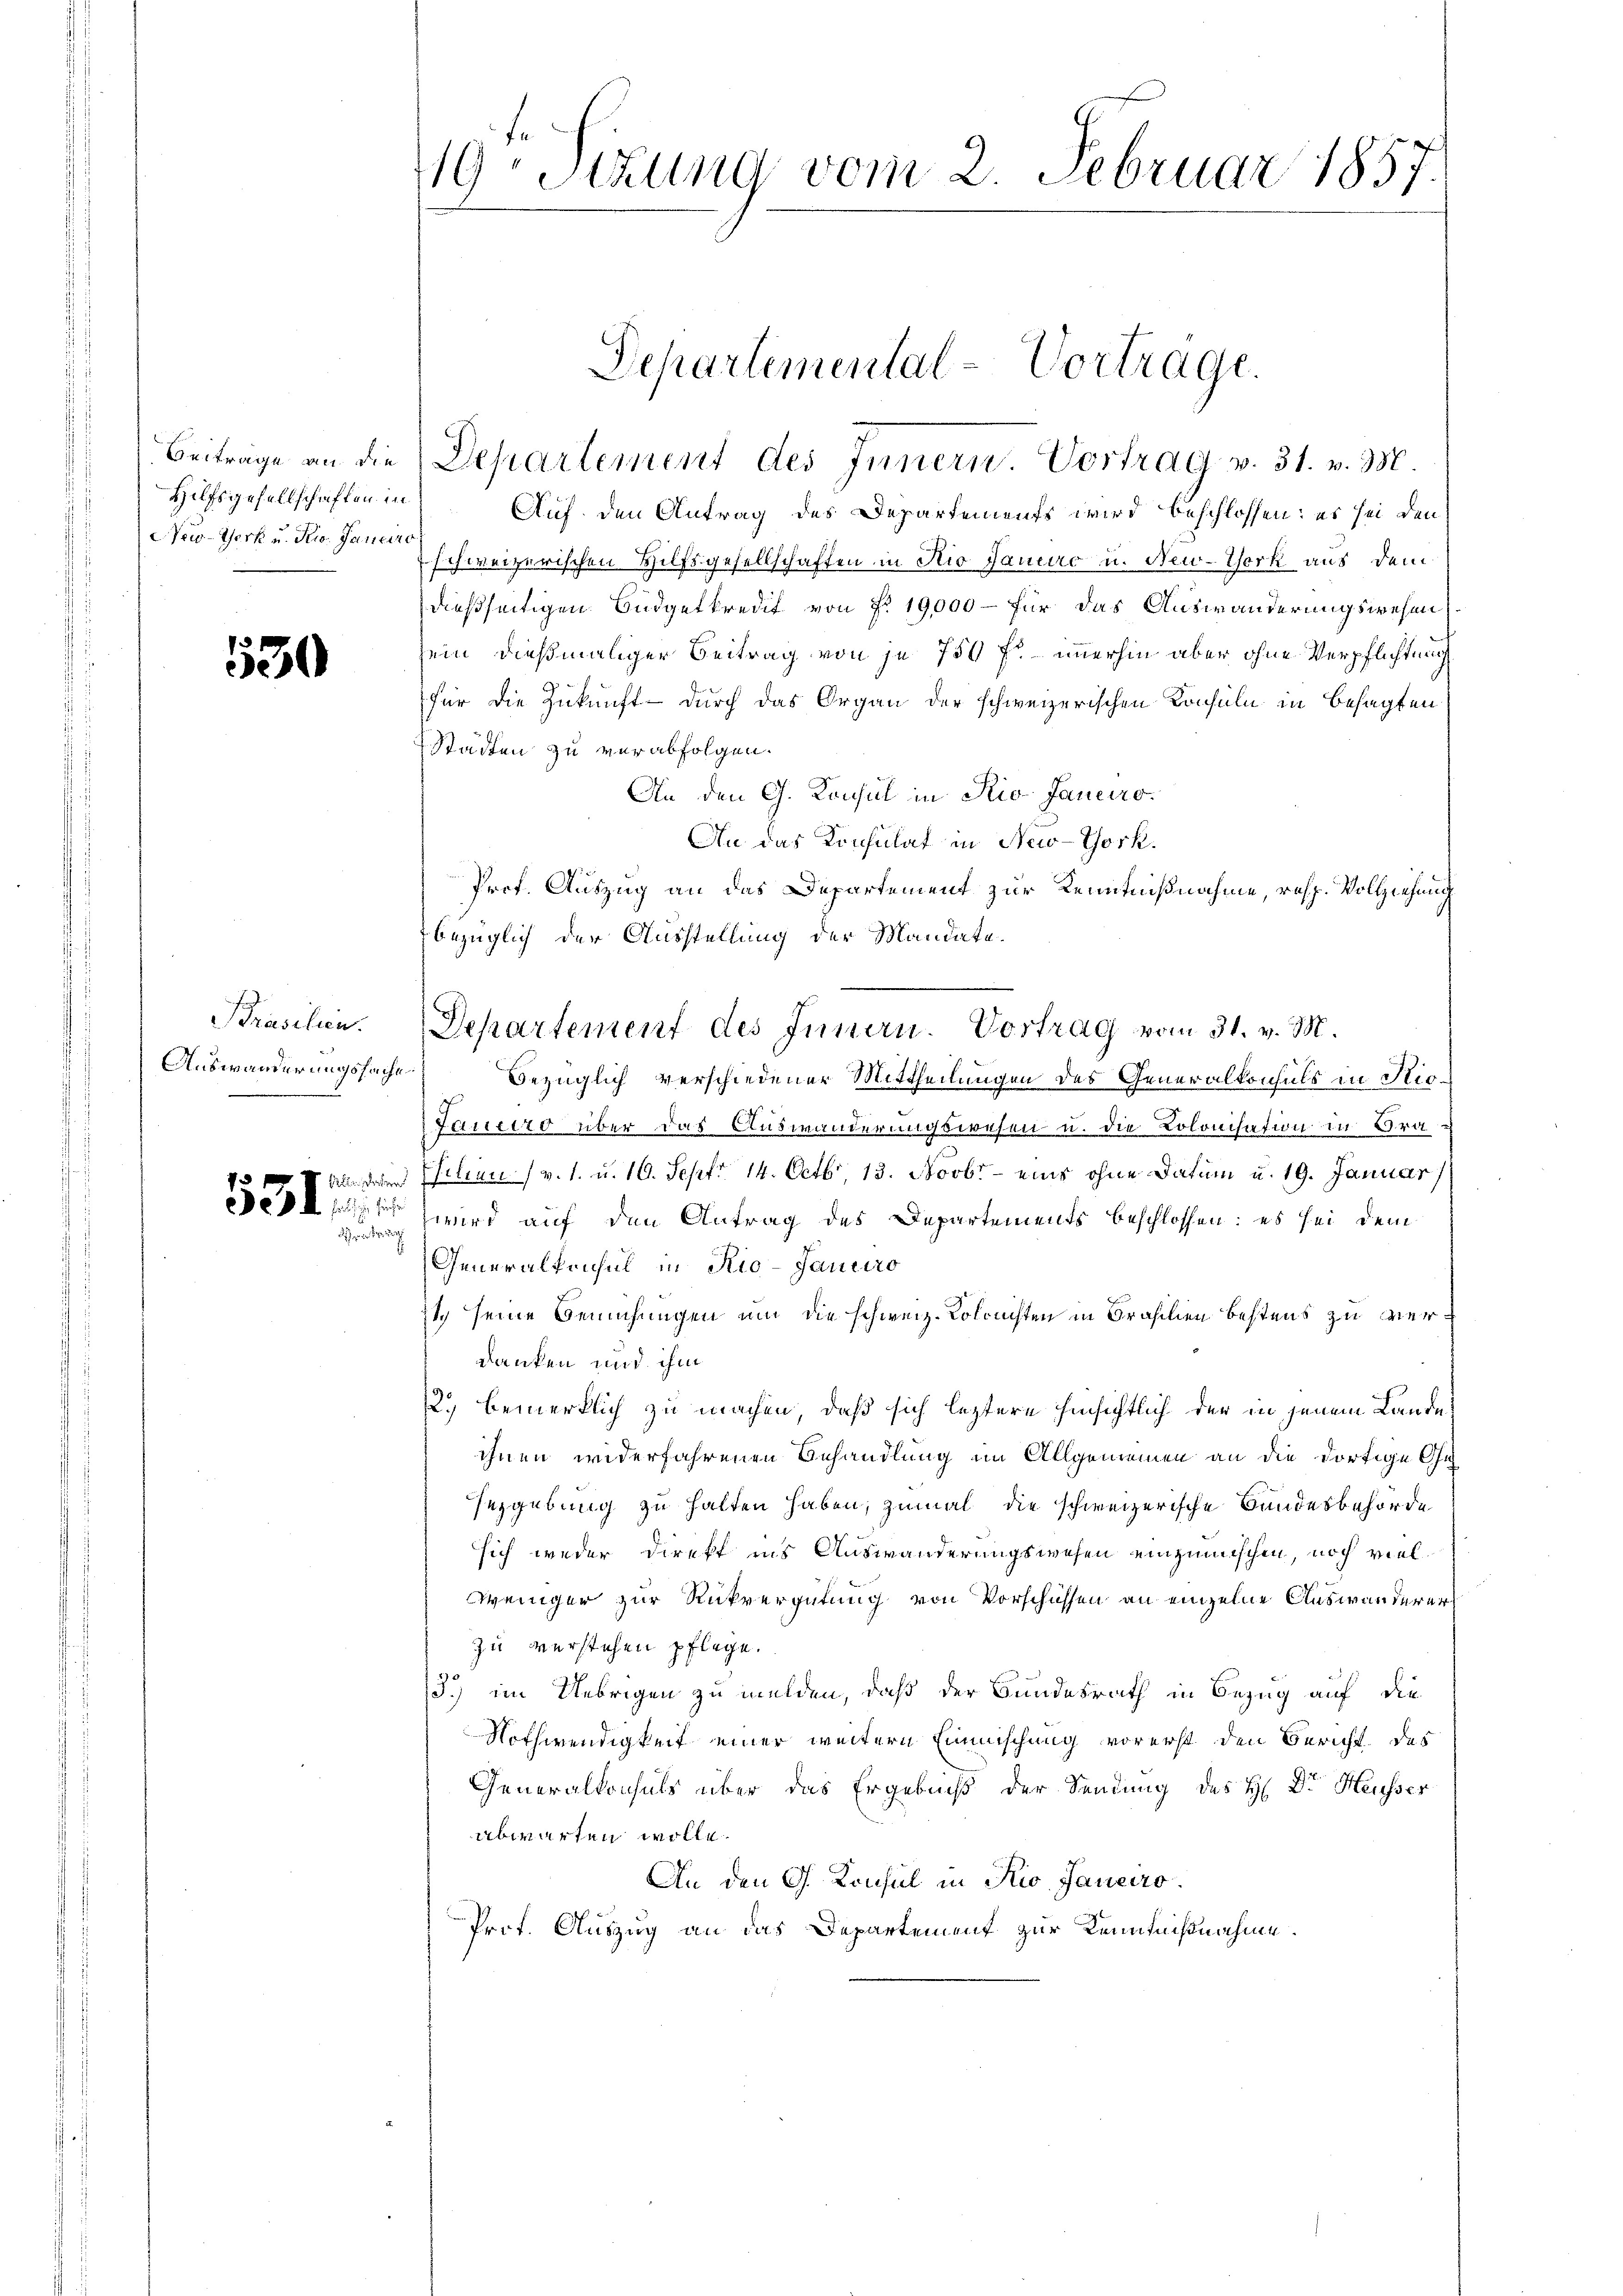
Hilfsgesellschaften in
New-York u. die Janeiro

530

Prasilien.
Auswanderungssache

Satur

19ten Sizung vom 2. Februar 1857.

Beiträge an die Departement des Innern. Vortrag v. 31. v. M.
Auf den Antrag des Departements wird beschlossen: es sei den
schweizerischen Hilfsgesellschaften in Rio Janeiro u. New-York aus dem
dießseitigen Budgetkredit von Fr. 19,000 – für das Auswanderungswesen
sein dießmaliger Beitrag von je 750 fl. immerhin aber ohne Verpflichtung
für die Zukunft durch das Organ der schweizerischen Konsuln in besagten
Städten zu verabfolgen.
An den G. Konsul in Rio Janeiro
An das Konsulat in New-York.
Prof. Auszug an das Departement zur Kenntnißnahme, resp. Vollziehung
Bezüglich verschiedener Mittheilungen des Generalkonsuls in Rio-
Janeiro über das Auswanderungswesen u. die Kolonisation in Bra¬
(an der Filien (v. 1. u. 10. Sept. 14. Octbr. 13. Novbr - eine ohne Datum u. 19. Januar
pt wird auf den Antrag des Departements beschlossen: es sei dem
Generalkonsul in Rio-Janciro
21 seine Bemühungen um die schweiz. Kolonisten in Brasilien bestens zu verdanken und ihm
12.) bemerklich zu machen, daß sich leztere hinsichtlich der in jenem Lande
ihnen widerfahrenen Behandlung im Allgemeinen an die dortige Geeygebung zu halten haben, zumal die schweizerische Bundesbehörde
sich weder Direkt ins Auswanderungswesen einzumischen, noch vielweniger zur Rückvergütung von Vorschüssen an einzelne Auswanderer
zu verstehen pflege.
3) im Uebrigen zu melden, daß der Bundesrath in Bezug auf die
Nothwendigkeit einer weitern Einmischung vorerst den Bericht des
Generalkonsuls über das Ergebniß der Sendung des H: Dr. Heusser
abwarten wolle.
An den G. Konsul in Rio. Janeiro
Prot. Auszug an das Departement zur Kenntnißnahme

bezüglich der Ausstellung der Mandate.
Departement des Innern. Vortrag vom 31. v. M.

Departemental-Vortrage.